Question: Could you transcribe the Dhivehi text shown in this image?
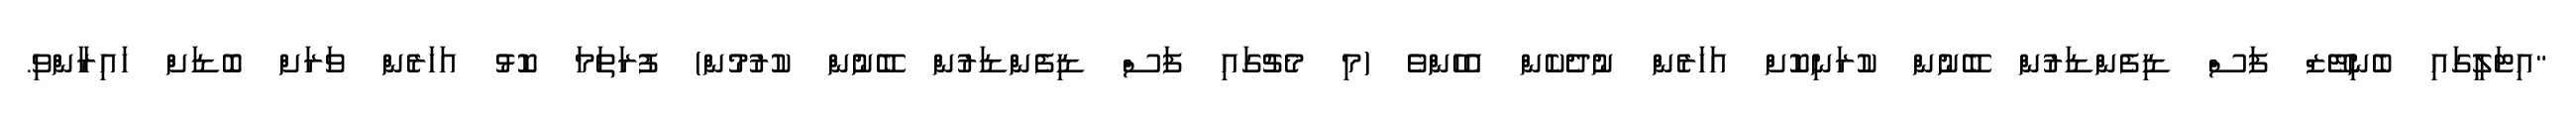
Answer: "އިޓަލީގައި ބެނިޓޭޒް ފަސް ޑިފެންޑަރުން ބޭނުން ކުރަނިކޮށް އަހަރެން ނުދެކެން އެހެންވެ (މި މެޗުގައި ފަސް ޑިފެންޑަރުން ބޭނުން ކުރުމުން) ފުރަތަމަ ކޮޅު އަހަރެން ވަރަށް ބޮޑަށް ހައިރާންވި.